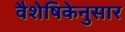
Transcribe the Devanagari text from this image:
वैशेषिकेनुसार